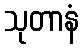
သုတာနံ